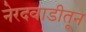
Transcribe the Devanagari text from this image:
नेरदवाडीतून